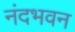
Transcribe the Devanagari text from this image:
नंदभवन